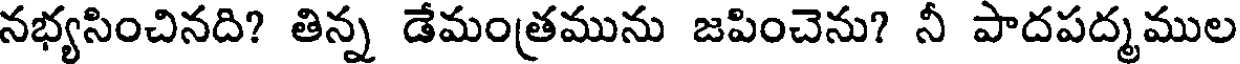
నభ్యసించినది? తిన్న డేమంత్రమును జపించెను? నీ పాదపద్మముల